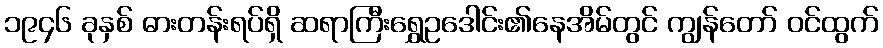
၁၉၄၆ ခုနှစ် ဓားတန်းရပ်ရှိ ဆရာကြီးရွှေဥဒေါင်း၏နေအိမ်တွင် ကျွန်တော် ဝင်ထွက်